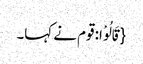
{قَالُوْا: قوم نے کہا۔